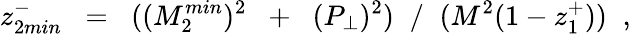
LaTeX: z_{2min}^{-}\; \; =\; \; ((M_{2}^{min})^{2}\; \; +\; \; (P_{\perp})^{2})\; \; /\; \; (M^{2}(1-z_{1}^{+}))\; \; ,